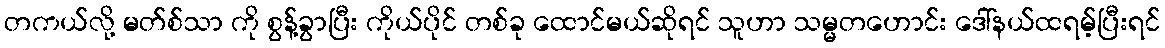
တကယ်လို့ မတ်စ်သာ ကို စွန့်ခွာပြီး ကိုယ်ပိုင် တစ်ခု ထောင်မယ်ဆိုရင် သူဟာ သမ္မတဟောင်း ဒေါ်နယ်ထရမ့်ပြီးရင်